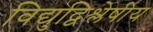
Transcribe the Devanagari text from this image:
विद्युद्विश्लेषीय